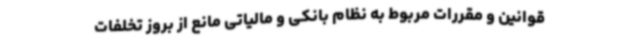
قوانین و مقررات مربوط به نظام بانکی و مالیاتی مانع از بروز تخلفات